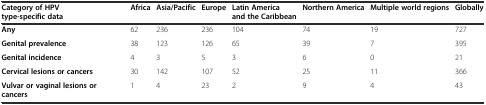
<table><thead><tr><td><b>Category of HPV type-specific data</b></td><td><b>Africa</b></td><td><b>Asia/Pacific</b></td><td><b>Europe</b></td><td><b>Latin America and the Caribbean</b></td><td><b>Northern America</b></td><td><b>Multiple world regions</b></td><td><b>Globally</b></td></tr></thead><tbody><tr><td><b>Any</b></td><td>62</td><td>236</td><td>236</td><td>104</td><td>74</td><td>19</td><td>727</td></tr><tr><td><b>Genital prevalence</b></td><td>38</td><td>123</td><td>126</td><td>65</td><td>39</td><td>7</td><td>395</td></tr><tr><td><b>Genital incidence</b></td><td>4</td><td>3</td><td>5</td><td>3</td><td>6</td><td>0</td><td>21</td></tr><tr><td><b>Cervical lesions or cancers</b></td><td>30</td><td>142</td><td>107</td><td>52</td><td>25</td><td>11</td><td>366</td></tr><tr><td><b>Vulvar or vaginal lesions or cancers</b></td><td>1</td><td>4</td><td>23</td><td>2</td><td>9</td><td>4</td><td>43</td></tr></tbody></table>